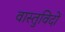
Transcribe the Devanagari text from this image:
वास्‍तुविदों